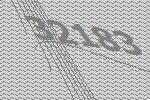
32183